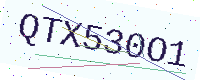
Text: QTX530O1